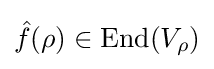
{\hat {f}}(\rho )\in {\text{End}}(V_{\rho })